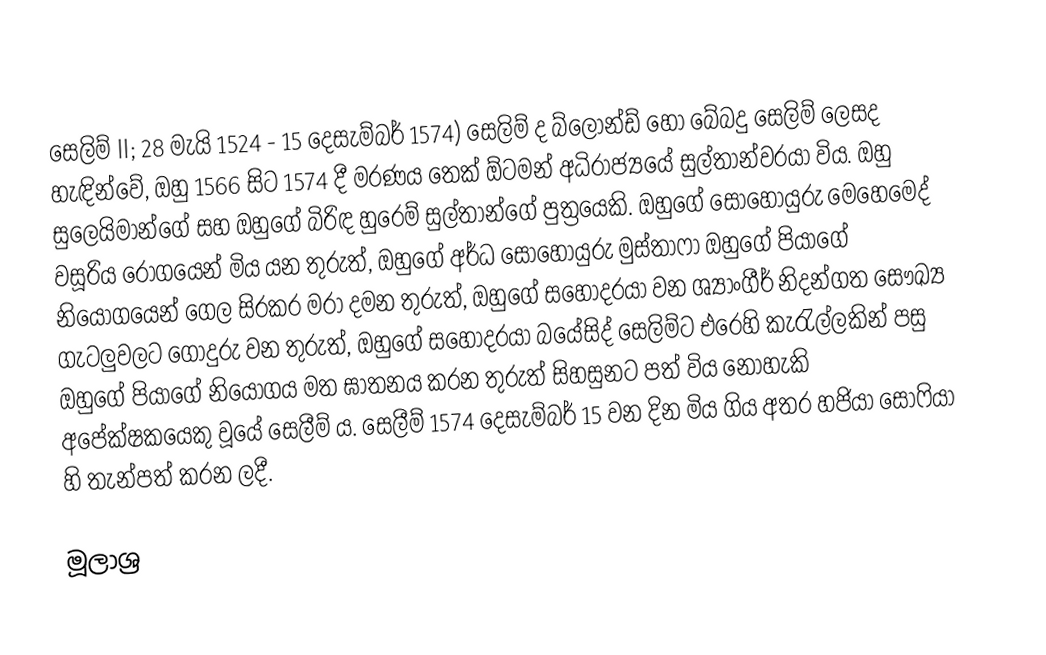
සෙලිම් II; 28 මැයි 1524 - 15 දෙසැම්බර් 1574) සෙලිම් ද බ්ලොන්ඩ් හෝ බේබදු සෙලිම් ලෙසද හැඳින්වේ, ඔහු 1566 සිට 1574 දී මරණය තෙක් ඕටමන් අධිරාජ්‍යයේ සුල්තාන්වරයා විය. ඔහු සුලෙයිමාන්ගේ සහ ඔහුගේ බිරිඳ හුරෙම් සුල්තාන්ගේ පුත්‍රයෙකි. ඔහුගේ සොහොයුරු මෙහෙමෙද් වසූරිය රෝගයෙන් මිය යන තුරුත්, ඔහුගේ අර්ධ සොහොයුරු මුස්තාෆා ඔහුගේ පියාගේ නියෝගයෙන් ගෙල සිරකර මරා දමන තුරුත්, ඔහුගේ සහෝදරයා වන ශ්‍යාංගීර් නිදන්ගත සෞඛ්‍ය ගැටලුවලට ගොදුරු වන තුරුත්, ඔහුගේ සහෝදරයා බයේසිද් සෙලිම්ට එරෙහි කැරැල්ලකින් පසු ඔහුගේ පියාගේ නියෝගය මත ඝාතනය කරන තුරුත් සිහසුනට පත් විය නොහැකි අපේක්ෂකයෙකු වූයේ සෙලීම් ය. සෙලීම් 1574 දෙසැම්බර් 15 වන දින මිය ගිය අතර හජියා සොෆියා හි තැන්පත් කරන ලදී.

මූලාශ්‍ර